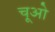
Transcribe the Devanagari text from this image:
चूओ